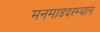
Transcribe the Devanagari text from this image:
मनमाडदरम्यान